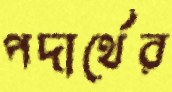
পদার্থের